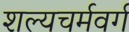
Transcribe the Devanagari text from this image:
शल्यचर्मवर्ग